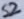
Text: S2